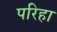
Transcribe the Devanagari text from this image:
परिहा